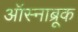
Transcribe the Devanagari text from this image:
ऑस्नाब्रूक